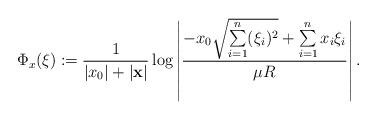
LaTeX: \begin{align*}\Phi_x(\xi) \coloneqq \frac{1}{|x_0|+|{\bf x}|}\log\left|\frac{-x_0\sqrt{\sum\limits_{i=1}^{n}(\xi_i)^{2}}+\sum\limits_{i=1}^{n}x_i\xi_i}{\mu R}\right| .\end{align*}